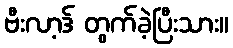
ဗီးလာ့ဒ် တွက်ခဲ့ပြီးသား။